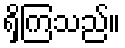
ရှိကြသည်။